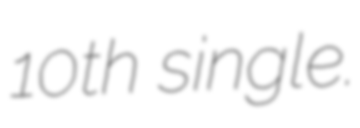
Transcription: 10th single.